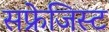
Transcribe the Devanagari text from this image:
सफ्रेजिस्ट